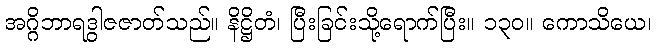
အဂ္ဂိဘာရဒွါဇဇာတ်သည်။ နိဋ္ဌိတံ၊ ပြီးခြင်းသို့ရောက်ပြီး။ ၁၃၀။ ကောသိယေ၊